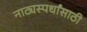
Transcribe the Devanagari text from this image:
नाट्यस्पर्धांसाठी